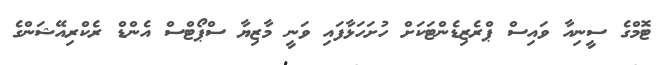
ޓޮމްގެ ސީނިއާ ވައިސް ޕްރެޒިޑެންޓަކަށް ހުށަހަޅާފައި ވަނީ މާޒިޔާ ސްޕޯޓްސް އެންޑް ރެކްރިއޭޝަންގެ